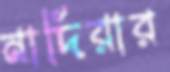
নাদিরার